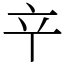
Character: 䇂